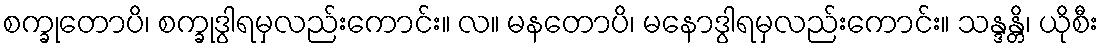
စက္ခုတောပိ၊ စက္ခုဒွါရမှလည်းကောင်း။ လ။ မနတောပိ၊ မနောဒွါရမှလည်းကောင်း။ သန္ဒန္တိ၊ ယိုစီး